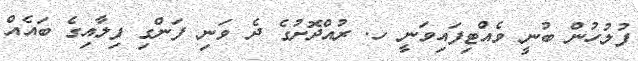
ފުލުހުން ބުނީ ވެއްޓިފައިވަނީ ހ. ރުއްދޮށުގެ ދެ ވަނި ފަންގި ފިލާއިގެ ބައެއް